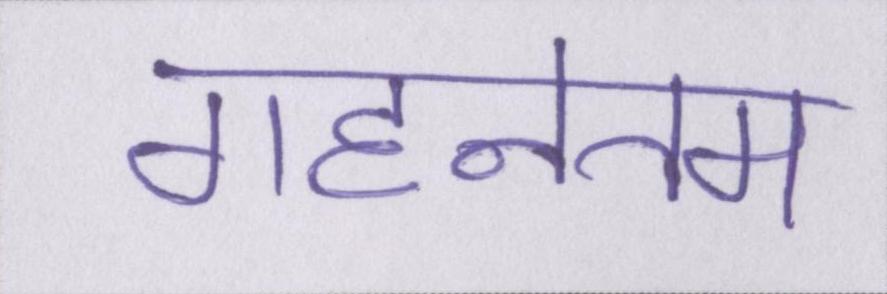
गहनतम